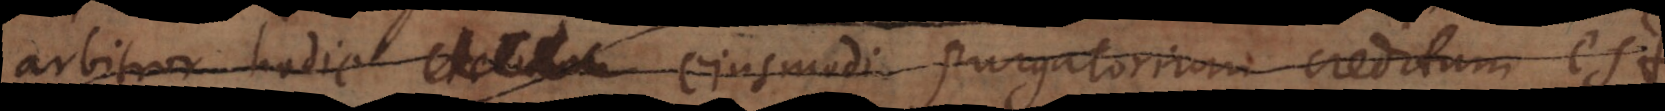
arbitror hodie ejusmodi purgatorium creditum est.